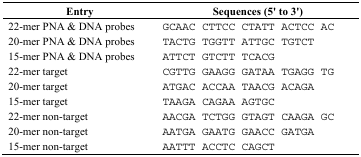
<table><thead><tr><td><b>Entry</b></td><td><b>Sequences (5′to 3′)</b></td></tr></thead><tbody><tr><td>22-mer PNA &amp; DNA probes</td><td>GCAAC CTTCC CTATT ACTCC AC</td></tr><tr><td>20-mer PNA &amp; DNA probes</td><td>TACTG TGGTT ATTGC TGTCT</td></tr><tr><td>15-mer PNA &amp; DNA probes</td><td>ATTCT GTCTT TCACG</td></tr><tr><td>22-mer target</td><td>CGTTG GAAGG GATAA TGAGG TG</td></tr><tr><td>20-mer target</td><td>ATGAC ACCAA TAACG ACAGA</td></tr><tr><td>15-mer target</td><td>TAAGA CAGAA AGTGC</td></tr><tr><td>22-mer non-target</td><td>AACGA TCTGG GTAGT CAAGA GC</td></tr><tr><td>20-mer non-target</td><td>AATGA GAATG GAACC GATGA</td></tr><tr><td>15-mer non-target</td><td>AATTT ACCTC CAGCT</td></tr></tbody></table>